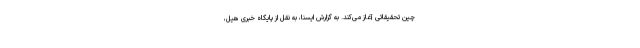
چین تحقیقاتی آغاز می‌کند. به گزارش ایسنا، به نقل از پایگاه خبری هیل،